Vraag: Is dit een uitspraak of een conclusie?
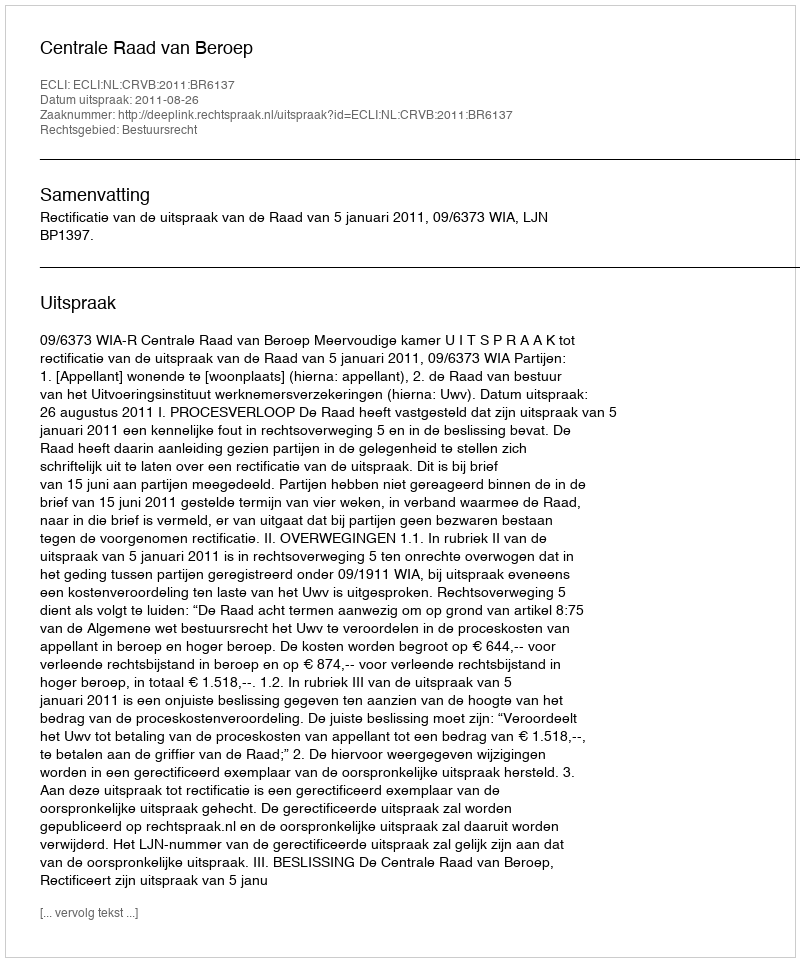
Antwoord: Uitspraak